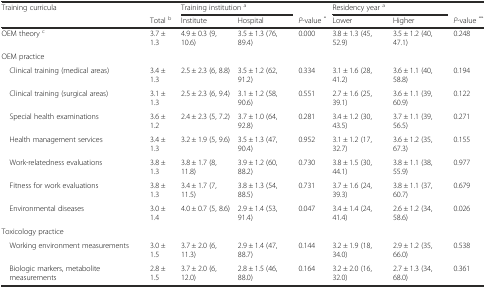
<table><thead><tr><td rowspan="2"><b>Training curricula</b></td><td></td><td colspan="2"><b>Training institution <sup>a</sup></b></td><td></td><td colspan="2"><b>Residency year <sup>a</sup></b></td><td></td></tr><tr><td><b>Total <sup>b</sup></b></td><td><b>Institute</b></td><td><b>Hospital</b></td><td><b><i>P</i>-value <sup>*</sup></b></td><td><b>Lower</b></td><td><b>Higher</b></td><td><b><i>P</i>-value <sup>**</sup></b></td></tr></thead><tbody><tr><td>OEM theory <sup>c</sup></td><td>3.7 ± 1.3</td><td>4.9 ± 0.3 (9, 10.6)</td><td>3.5 ± 1.3 (76, 89.4)</td><td>0.000</td><td>3.8 ± 1.3 (45, 52.9)</td><td>3.5 ± 1.2 (40, 47.1)</td><td>0.248</td></tr><tr><td>OEM practice</td><td></td><td></td><td></td><td></td><td></td><td></td><td></td></tr><tr><td> Clinical training (medical areas)</td><td>3.4 ± 1.3</td><td>2.5 ± 2.3 (6, 8.8)</td><td>3.5 ± 1.2 (62, 91.2)</td><td>0.334</td><td>3.1 ± 1.6 (28, 41.2)</td><td>3.6 ± 1.1 (40, 58.8)</td><td>0.194</td></tr><tr><td> Clinical training (surgical areas)</td><td>3.1 ± 1.3</td><td>2.5 ± 2.3 (6, 9.4)</td><td>3.1 ± 1.2 (58, 90.6)</td><td>0.551</td><td>2.7 ± 1.6 (25, 39.1)</td><td>3.6 ± 1.1 (39, 60.9)</td><td>0.122</td></tr><tr><td> Special health examinations</td><td>3.6 ± 1.2</td><td>2.4 ± 2.3 (5, 7.2)</td><td>3.7 ± 1.0 (64, 92.8)</td><td>0.281</td><td>3.4 ± 1.2 (30, 43.5)</td><td>3.7 ± 1.1 (39, 56.5)</td><td>0.271</td></tr><tr><td> Health management services</td><td>3.4 ± 1.3</td><td>3.2 ± 1.9 (5, 9.6)</td><td>3.5 ± 1.3 (47, 90.4)</td><td>0.952</td><td>3.1 ± 1.2 (17, 32.7)</td><td>3.6 ± 1.2 (35, 67.3)</td><td>0.155</td></tr><tr><td> Work-relatedness evaluations</td><td>3.8 ± 1.3</td><td>3.8 ± 1.7 (8, 11.8)</td><td>3.9 ± 1.2 (60, 88.2)</td><td>0.730</td><td>3.8 ± 1.5 (30, 44.1)</td><td>3.8 ± 1.1 (38, 55.9)</td><td>0.977</td></tr><tr><td> Fitness for work evaluations</td><td>3.8 ± 1.3</td><td>3.4 ± 1.7 (7, 11.5)</td><td>3.8 ± 1.3 (54, 88.5)</td><td>0.731</td><td>3.7 ± 1.6 (24, 39.3)</td><td>3.8 ± 1.1 (37, 60.7)</td><td>0.679</td></tr><tr><td> Environmental diseases</td><td>3.0 ± 1.4</td><td>4.0 ± 0.7 (5, 8.6)</td><td>2.9 ± 1.4 (53, 91.4)</td><td>0.047</td><td>3.4 ± 1.4 (24, 41.4)</td><td>2.6 ± 1.2 (34, 58.6)</td><td>0.026</td></tr><tr><td>Toxicology practice</td><td></td><td></td><td></td><td></td><td></td><td></td><td></td></tr><tr><td> Working environment measurements</td><td>3.0 ± 1.5</td><td>3.7 ± 2.0 (6, 11.3)</td><td>2.9 ± 1.4 (47, 88.7)</td><td>0.144</td><td>3.2 ± 1.9 (18, 34.0)</td><td>2.9 ± 1.2 (35, 66.0)</td><td>0.538</td></tr><tr><td> Biologic markers, metabolite measurements</td><td>2.8 ± 1.5</td><td>3.7 ± 2.0 (6, 12.0)</td><td>2.8 ± 1.5 (46, 88.0)</td><td>0.164</td><td>3.2 ± 2.0 (16, 32.0)</td><td>2.7 ± 1.3 (34, 68.0)</td><td>0.361</td></tr></tbody></table>